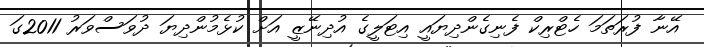
އޭނާ ފުރަތަމަ ހެޓްރިކް ފެނިގެންދިޔައީ އިޓަލީގެ އުދިނޭޒީ އަށް ކުޅެމުންދިޔަ ދުވަސްވަރު 2011ގަ